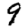
Digit: 9